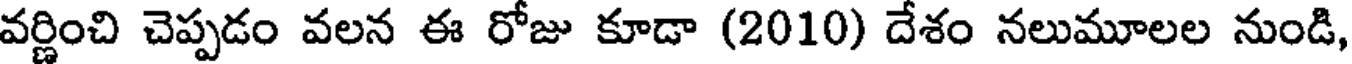
వర్ణించి చెప్పడం వలన ఈ రోజు కూడా (2010) దేశం నలుమూలల నుండి,